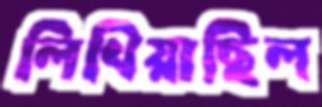
লিখিয়াছিল